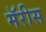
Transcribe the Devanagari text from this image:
मॅरीस